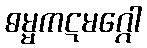
ဓမ္မကဋမဂ္ဂေါ